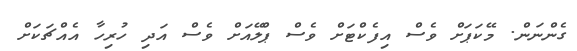
ގެންނަން. މޭކަޕަށް ވެސް އިފެކްޓަށް ވެސް ޕްލޭއަށް ވެސް އަދި ހުރިހާ އެއްޗަކަށް